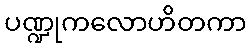
ပဏ္ဍုကလောဟိတကာ